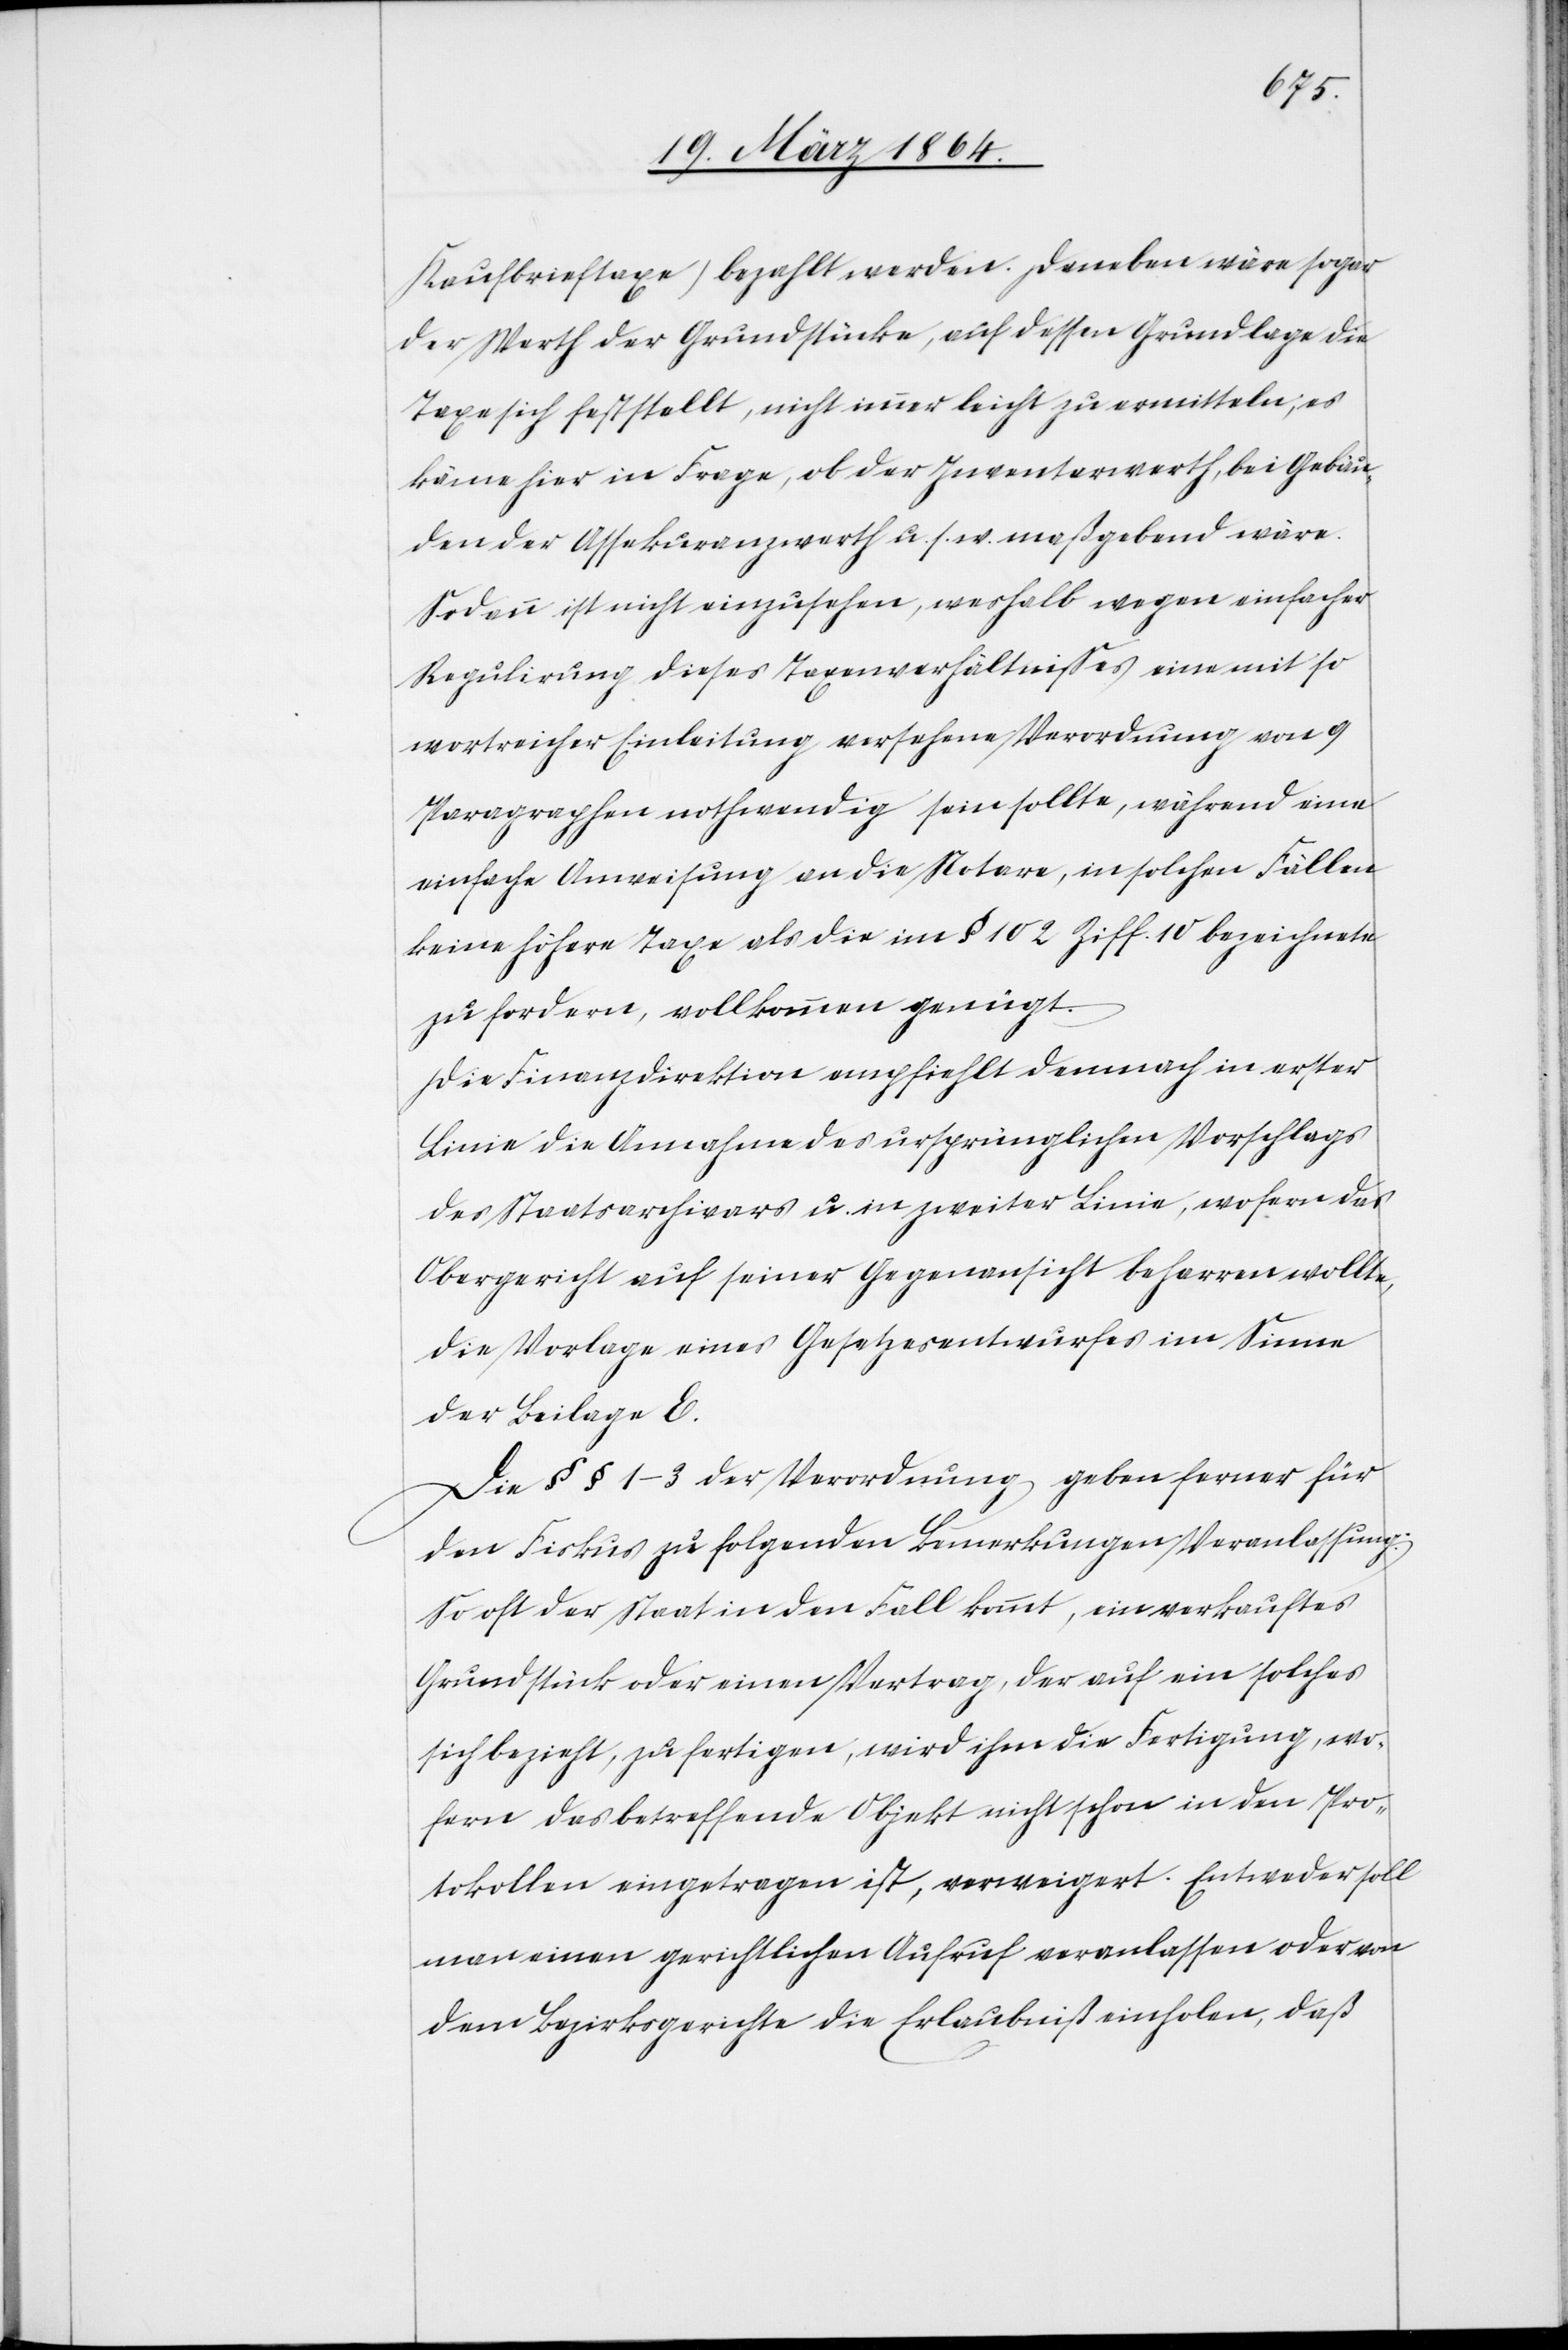
Kaufbrieftaxe) bezahlt werden. Daneben wäre sogar
der Werth der Grundstücke, auf dessen Grundlage die
Taxe sich feststellt, nicht immer leicht zu ermitteln, es
käme hier in Frage, ob der Inventarwerth, bei Gebäu¬
den der Assekuranzwerth u. s. w. maßgebend wäre.
Sodann ist nicht einzusehen, weshalb wegen einfacher
Regulirung dieses Taxenverhältnisses eine mit so
wortreicher Einleitung versehene Verordnung von 9
Paragraphen nothwendig sein sollte, während eine
einfache Anweisung an die Notare, in solchen Fällen
keine höhere Taxe als die im § 102 Ziff. 10 bezeichnete
zu fordern, vollkommen genügt.
Die Finanzdirektion empfiehlt demnach in erster
Linie die Annahme des ursprünglichen Vorschlags
des Staatsarchivars u. in zweiter Linie, wofern das
Obergericht auf seiner Gegenansicht beharren wollte,
die Vorlage eines Gesetzesentwurfes im Sinne
der Beilage E.
Die §§ 1-3 der Verordnung geben ferner für
den Fiskus zu folgenden Bemerkungen Veranlassung:
So oft der Staat in den Fall kommt, ein verkauftes
Grundstück oder einen Vertrag, der auf ein solches
sich bezieht, zu fertigen, wird ihm die Fertigung, wo¬
fern das betreffende Objekt nicht schon in den Pro¬
tokollen eingetragen ist, verweigert. Entweder soll
man einen gerichtlichen Aufruf veranlassen oder von
dem Bezirksgerichte die Erlaubniß einholen, daß